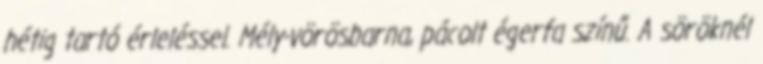
hétig tartó érleléssel. Mély-vörösbarna, pácolt égerfa színű. A söröknél